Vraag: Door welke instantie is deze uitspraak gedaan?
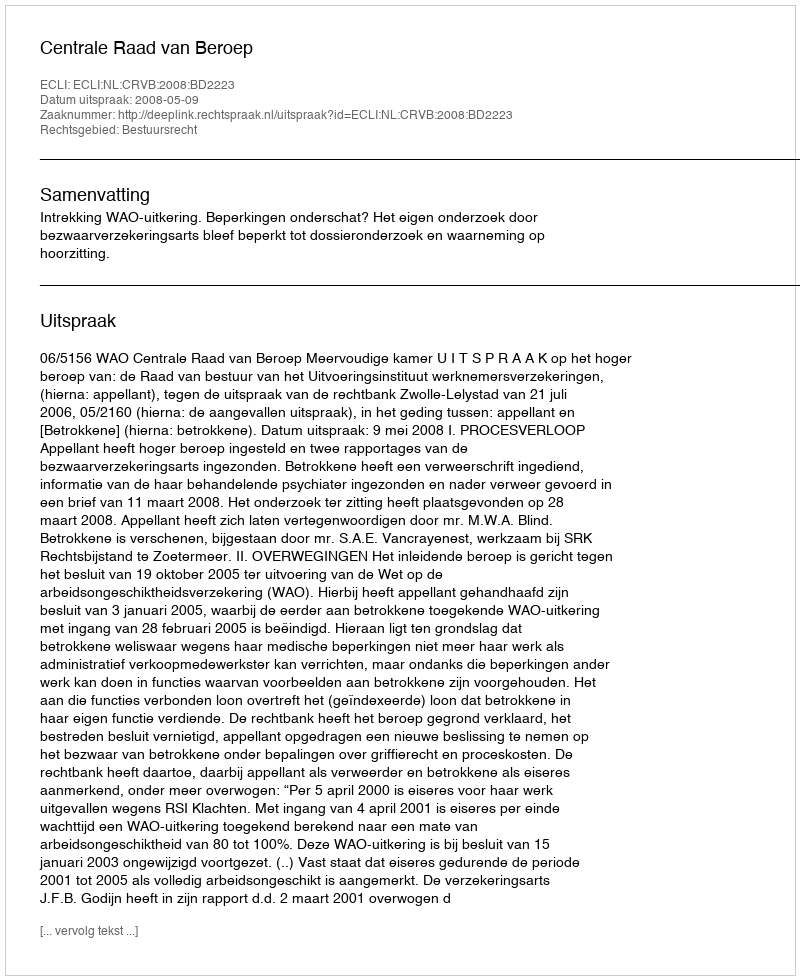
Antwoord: Centrale Raad van Beroep